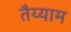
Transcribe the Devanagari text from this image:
तैय्याम